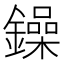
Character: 鐰